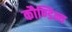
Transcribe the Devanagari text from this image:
कौण्डिन्य